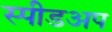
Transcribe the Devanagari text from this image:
स्पीडअप